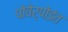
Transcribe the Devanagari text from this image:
पोवेर्पोइंत